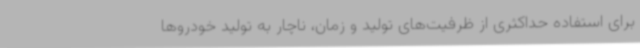
برای استفاده حداکثری از ظرفیت‌های تولید و زمان، ناچار به تولید خودروها